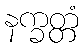
နက္ခတ္တံ